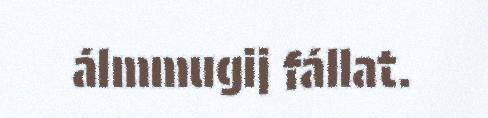
álmmugij fállat.